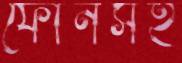
ফোনসহ